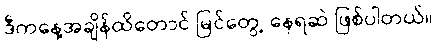
ဒီကနေ့အချိန်ထိတောင် မြင်တွေ့ နေရဆဲ ဖြစ်ပါတယ်။